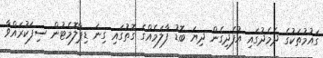
ގައުމުތަކުގެ ދެމެދުގައި އުފެދިގެން ދިޔަ ބޮޑު ފާލަމެއްގެ ގޮތުގައި ގިނަ ޑިޕްލޮމެޓުން ސިފަކުރައްވާ